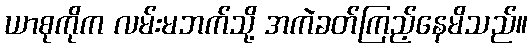
ယာစုကိုက လမ်းမဘက်သို့ အကဲခတ်ကြည့်နေမိသည်။